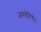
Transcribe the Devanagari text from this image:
अवडेरिये।।